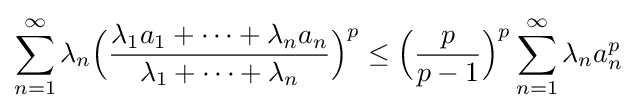
\sum _{n=1}^{\infty }\lambda _{n}{\Bigl (}{\frac {\lambda _{1}a_{1}+\dotsb +\lambda _{n}a_{n}}{\lambda _{1}+\dotsb +\lambda _{n}}}{\Bigr )}^{p}\leq {\Bigl (}{\frac {p}{p-1}}{\Bigr )}^{p}\sum _{n=1}^{\infty }\lambda _{n}a_{n}^{p}